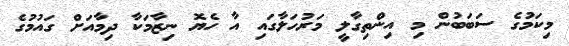
މިކަމުގެ ސަބަބުން މި އިންތިގާލީ މަރުހަލާގައި އާ ހެޔޮ ނިޒާމަކާ ދިމާއަށް ގައުމުގެ